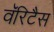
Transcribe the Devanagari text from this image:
वॅरिटैस